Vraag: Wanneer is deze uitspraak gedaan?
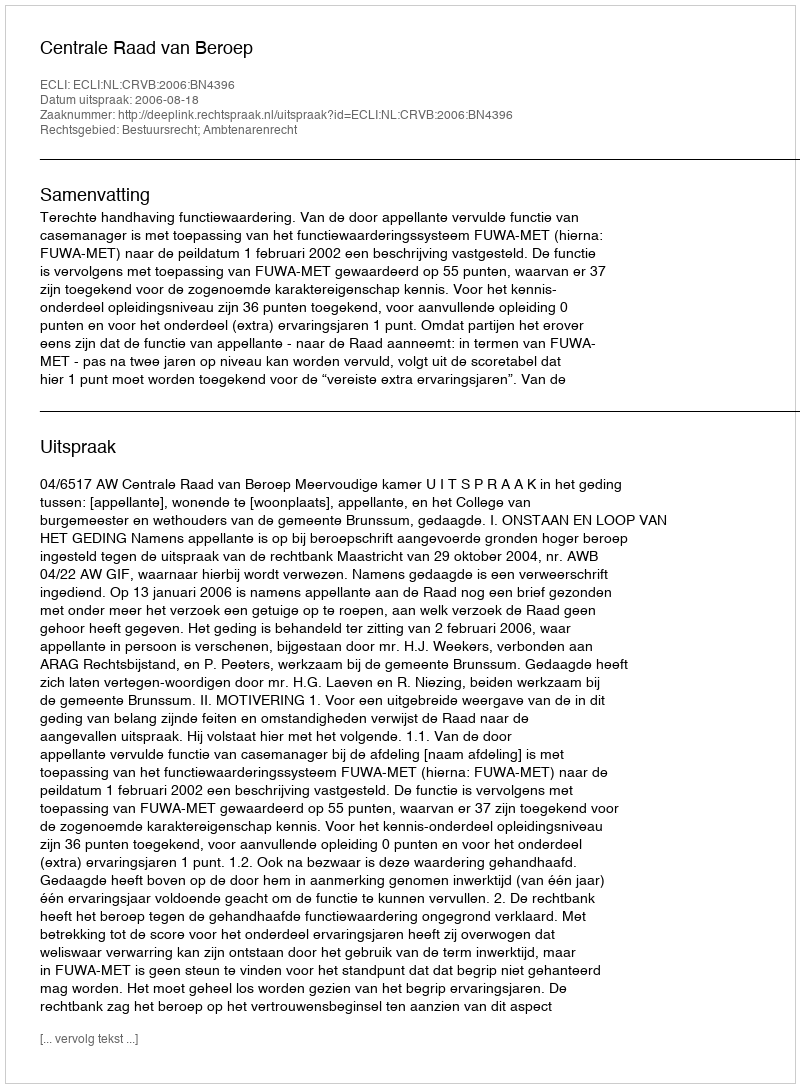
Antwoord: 2006-08-18